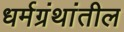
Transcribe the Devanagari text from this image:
धर्मग्रंथांतील